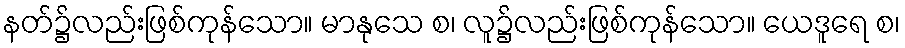
နတ်၌လည်းဖြစ်ကုန်သော။ မာနုသေ စ၊ လူ၌လည်းဖြစ်ကုန်သော။ ယေဒူရေ စ၊